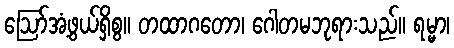
ဩော်အံ့ဖွယ်ရှိစွ။ တထာဂတော၊ ဂေါတမဘုရားသည်။ ရမ္မာ၊